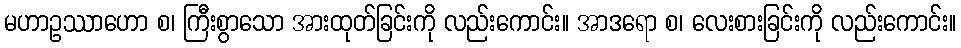
မဟာဥဿာဟော စ၊ ကြီးစွာသော အားထုတ်ခြင်းကို လည်းကောင်း။ အာဒရော စ၊ လေးစားခြင်းကို လည်းကောင်း။